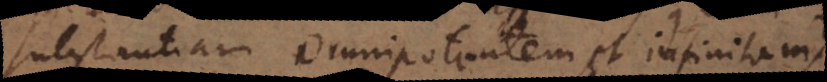
substantiam omnipotentem et infinitam